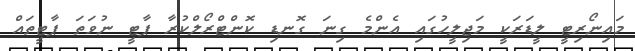
މައިނޯރިޓީ ލީޑަރަކީ މަޖިލީހުގައި އެންމެ ގިނަ ގޮނޑި ކޮންޓްރޯލްކުރާ ޕާޓީ ނުވަތަ ޕާޓީތައް